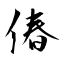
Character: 偆